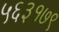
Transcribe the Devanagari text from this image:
५६३१७९